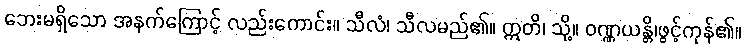
ဘေးမရှိသော အနက်ကြောင့် လည်းကောင်း။ သီလံ၊ သီလမည်၏။ ဣတိ၊ သို့။ ဝဏ္ဏယန္တိ၊ဖွင့်ကုန်၏။